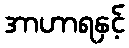
အာဟာရနှင့်